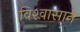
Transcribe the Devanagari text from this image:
विश्‍वासाने